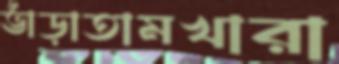
ভাঁড়াতামখারা